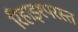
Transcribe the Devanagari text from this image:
रिहाइश्परस्त